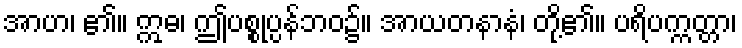
အာဟ၊ ၏။ ဣဓ၊ ဤပစ္စုပ္ပန်ဘဝ၌။ အာယတနာနံ၊ တို့၏။ ပရိပက္ကတ္တာ၊